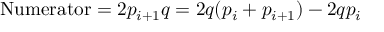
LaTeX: \mathrm { N u m e r a t o r } = 2 p _ { i + 1 } q = 2 q ( p _ { i } + p _ { i + 1 } ) - 2 q p _ { i }